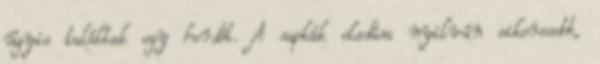
úgyis találtak egy hordót. A sapkák eladása nyilván sikeresebb,